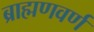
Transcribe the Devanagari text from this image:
ब्राह्मणवर्ण